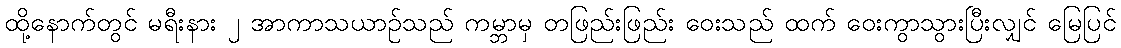
ထို့နောက်တွင် မရီးနား ၂ အာကာသယာဉ်သည် ကမ္ဘာမှ တဖြည်းဖြည်း ဝေးသည် ထက် ဝေးကွာသွားပြီးလျှင် မြေပြင်